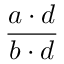
\frac { a \cdot d } { b \cdot d }